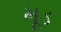
મૂડ